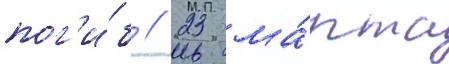
пог'и́б // 23 ма́рта